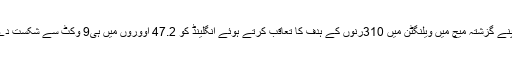
اس نے اپنے گزشتہ میچ میں ویلنگٹن میں 310رنوں کے ہدف کا تعاقب کرتے ہوئے انگلینڈ کو 47.2 اووروں میں ہی9 وکٹ سے شکست دے دیا تھا۔